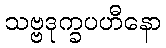
သဗ္ဗဒုက္ခပဟီနော